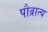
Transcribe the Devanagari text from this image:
पौव्रात्य